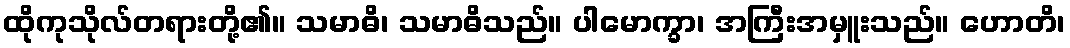
ထိုကုသိုလ်တရားတို့၏။ သမာဓိ၊ သမာဓိသည်။ ပါမောက္ခာ၊ အကြီးအမှူးသည်။ ဟောတိ၊